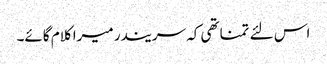
اس لئے تمناتھی کہ سریندر میرا کلام گائے۔